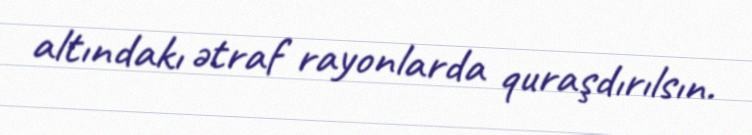
altındakı ətraf rayonlarda quraşdırılsın.